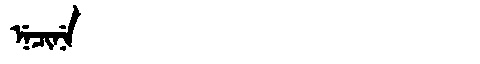
Manchu: ᠨᡝᠴᡳᠨᡝ
Romanization: NECINE